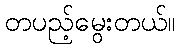
တပည့်မွေးတယ်။